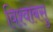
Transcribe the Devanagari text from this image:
विश्वाबसु